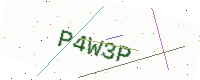
Text: P4W3P